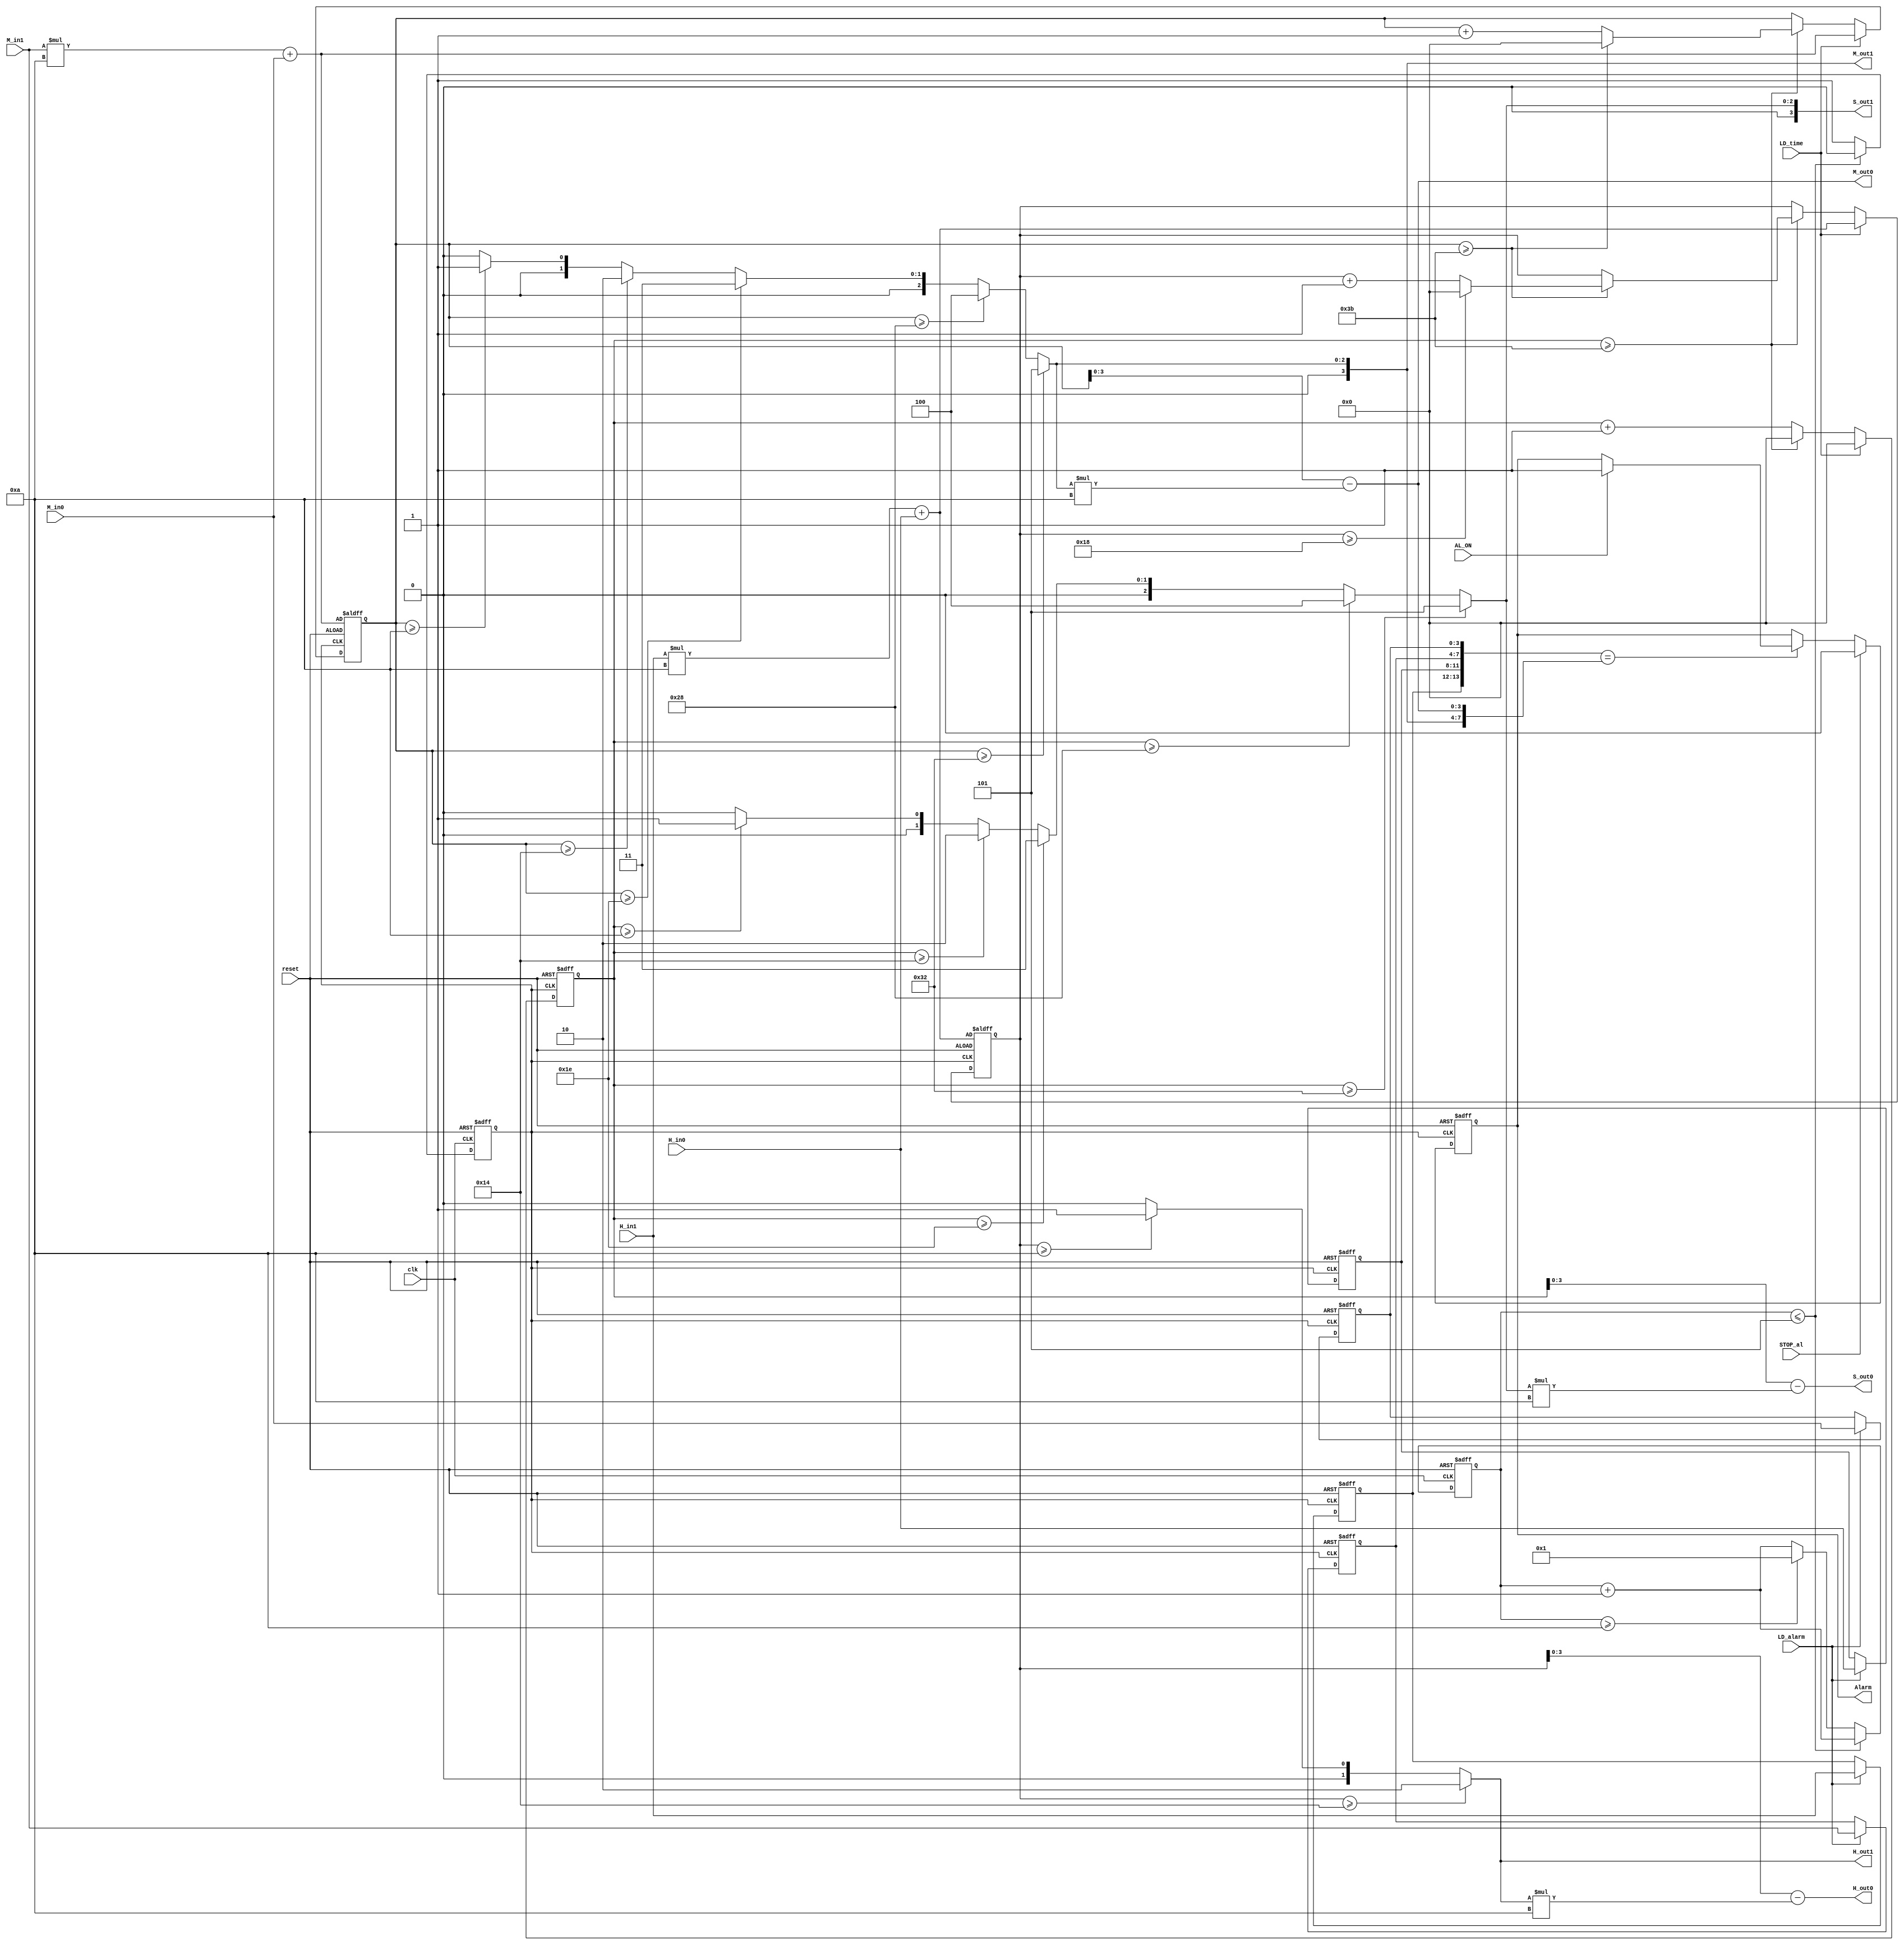
module Aclock(
input reset,
input clk,
input [1:0] H_in1,
input [3:0] H_in0,
input [3:0] M_in1,
input [3:0] M_in0,
input LD_time,
input   LD_alarm,
input   STOP_al,
input   AL_ON,
output reg Alarm,
output [1:0]  H_out1,
output [3:0]  H_out0,
output [3:0]  M_out1,
output [3:0]  M_out0,
output [3:0]  S_out1,
output [3:0]  S_out0);

reg clk_1s;
reg [3:0] tmp_1s;
reg [5:0] tmp_hour, tmp_minute, tmp_second;
reg [1:0] c_hour1,a_hour1;
reg [3:0] c_hour0,a_hour0;
reg [3:0] c_min1,a_min1;
reg [3:0] c_min0,a_min0;
reg [3:0] c_sec1,a_sec1;
reg [3:0] c_sec0,a_sec0;

function [3:0] mod_10;
 input [5:0] number;
 begin
 mod_10 = (number >=50) ? 5 : ((number >= 40)? 4 :((number >= 30)? 3 :((number >= 20)? 2 :((number >= 10)? 1 :0))));
 end
endfunction

always @(posedge clk_1s or posedge reset )
 begin
 if(reset) begin
 a_hour1 <= 2'b00;
 a_hour0 <= 4'b0000;
 a_min1 <= 4'b0000;
 a_min0 <= 4'b0000;
 a_sec1 <= 4'b0000;
 a_sec0 <= 4'b0000;
 tmp_hour <= H_in1*10 + H_in0;
 tmp_minute <= M_in1*10 + M_in0;
 tmp_second <= 0;
 end 
 else begin
 if(LD_alarm) begin
 a_hour1 <= H_in1;
 a_hour0 <= H_in0;
 a_min1 <= M_in1;
 a_min0 <= M_in0;
 a_sec1 <= 4'b0000;
 a_sec0 <= 4'b0000;
 end 
 if(LD_time) begin 
 tmp_hour <= H_in1*10 + H_in0;
 tmp_minute <= M_in1*10 + M_in0;
 tmp_second <= 0;
 end 
 else begin  
 tmp_second <= tmp_second + 1;
 if(tmp_second >=59) begin
 tmp_minute <= tmp_minute + 1;
 tmp_second <= 0;
 if(tmp_minute >=59) begin
 tmp_minute <= 0;
 tmp_hour <= tmp_hour + 1;
 if(tmp_hour >= 24) begin
 tmp_hour <= 0;
 end
 end 
 end
 
 end 
 end 
 end 
 
 always @(posedge clk or posedge reset)
 begin
 if(reset) 
 begin
 tmp_1s <= 0;
 clk_1s <= 0;
 end
 else begin
 tmp_1s <= tmp_1s + 1;
 if(tmp_1s <= 5) 
 clk_1s <= 0;
 else if (tmp_1s >= 10) begin
 clk_1s <= 1;
 tmp_1s <= 1;
 end
 else
 clk_1s <= 1;
 end
 end

 always @(*) begin

 if(tmp_hour>=20) begin
 c_hour1 = 2;
 end
 else begin
 if(tmp_hour >=10) 
 c_hour1  = 1;
 else
 c_hour1 = 0;
 end
 c_hour0 = tmp_hour - c_hour1*10; 
 c_min1 = mod_10(tmp_minute); 
 c_min0 = tmp_minute - c_min1*10;
 c_sec1 = mod_10(tmp_second);
 c_sec0 = tmp_second - c_sec1*10; 
 end


always @(posedge clk_1s or posedge reset) 
begin
 if(reset) 
 Alarm <=0; 
 else begin
 if({a_hour1,a_hour0,a_min1,a_min0}=={c_hour1,c_hour0,c_min1,c_min0})
 begin
 if(AL_ON) Alarm <= 1; 
 end
 if(STOP_al) Alarm <=0;
 
 end
 end


 assign H_out1 = c_hour1; 
 assign H_out0 = c_hour0; 
 assign M_out1 = c_min1; 
 assign M_out0 = c_min0; 
 assign S_out1 = c_sec1;
 assign S_out0 = c_sec0;

endmodule